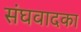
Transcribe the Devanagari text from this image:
संघवादका